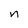
Character: n